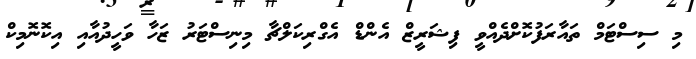
މި ސިސްޓަމް ތައާރަފުކޮށްދެއްވީ ފިޝަރީޒް އެންޑް އެގްރިކަލްޗާ މިނިސްޓަރު ޒަހާ ވަހީދުއާއި އިކޮނޮމިކް